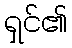
ရှင်၏